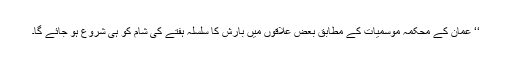
‘‘ عمان کے محکمہ موسمیات کے مطابق بعض علاقوں میں بارش کا سلسلہ ہفتے کی شام کو ہی شروع ہو جائے گا۔